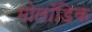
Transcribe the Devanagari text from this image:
मोलॉडिक